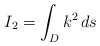
\begin{align*} I_2 = \int_D k^2 \, ds \end{align*}